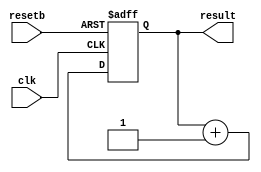
///////////////////////////////////////////
//  Functionality: Counter with asynchronous reset
////////////////////////////////////////

module counter128_async_resetb (
	clk,
	resetb,
	result
);

	input clk;
	input resetb;
	output [127:0] result;

	reg [127:0] result;

    initial begin
      result <= 0;
    end

	always @(posedge clk or negedge resetb)
	begin
		if (~resetb) 
			result = 0;		
		else 
			result = result + 1;
	end
endmodule